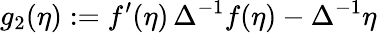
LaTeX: g_{2}(\eta):=f^{\prime}(\eta)\, \Delta^{-1}f(\eta)-\Delta^{-1}\eta